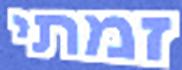
זמתי